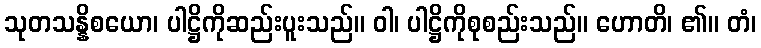
သုတသန္နိစယော၊ ပါဋ္ဌိကိုဆည်းပူးသည်။ ဝါ၊ ပါဋ္ဌိကိုစုစည်းသည်။ ဟောတိ၊ ၏။ တံ၊